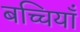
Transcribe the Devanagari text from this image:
बच्चियाँ